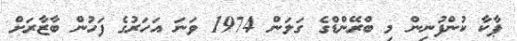
ޕާކާ ކުންފުނިން މި ބްރޭންޑްގެ ގަލަން 1974 ވަނަ އަހަރުގެ ފަހުން ބާޒާރަށް